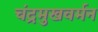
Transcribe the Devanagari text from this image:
चंद्रमुखवर्मन